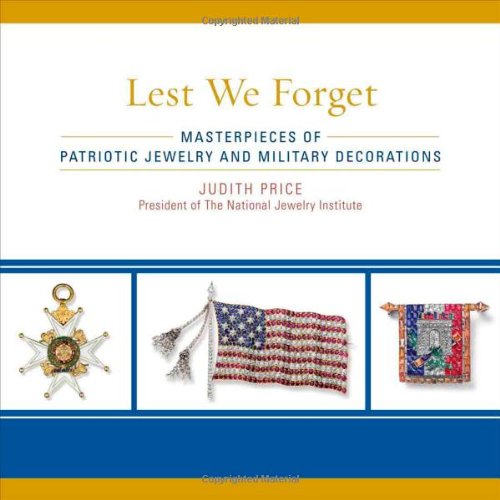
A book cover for Lest We Forget: Masterpieces of Patriotic Jewelry and Military Decorations; Judith Price; Crafts, Hobbies & Home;